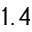
1 . 4